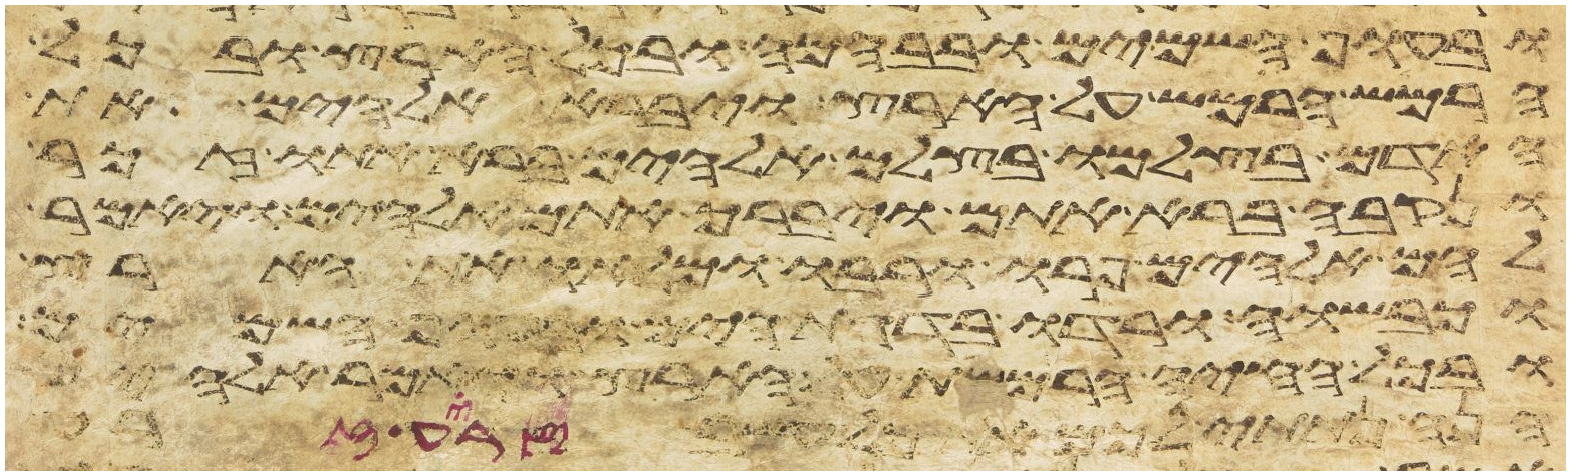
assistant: ובעוף השמים ובבהמה ובכל הארץ ובכל
הרמש הרמש על הארץ ויברא אלהים את
האדם בצלמו בצלם אלהים ברא אתו זכר
ונקבה ברא אתם ויברך אתם אלהים ויאמר
להם אלהים פרו ורבו ומלאו את הארץ
וכבשוה ורדו בדגת הים ובעוף השמים
ובכל החיה הרמשת על הארץ ויאמר אלהים
הנה נתתי לכם את כל עשב זרע זרע